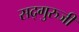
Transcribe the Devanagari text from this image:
सद्गुरुजी